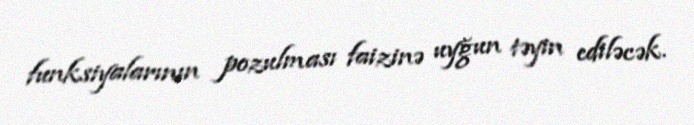
funksiyalarının pozulması faizinə uyğun təyin ediləcək.